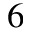
_ 6